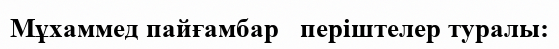
Мұхаммед пайғамбар   періштелер туралы: